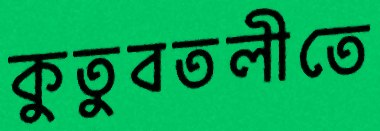
কুতুবতলীতে